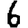
Digit: 6